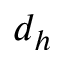
d _ { h }